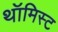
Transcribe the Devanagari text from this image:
थॉमिस्ट